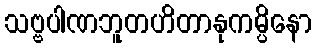
သဗ္ဗပါဏဘူတဟိတာနုကမ္ပိနော